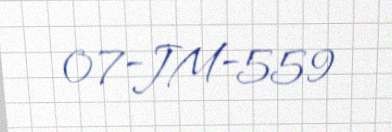
07-JM-559